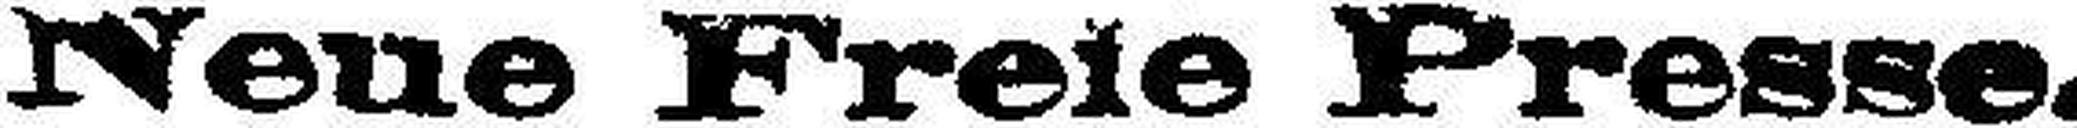
Neue Freie Presse.